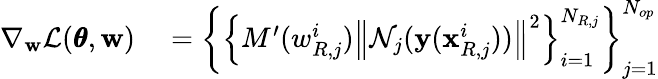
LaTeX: \begin{array}{rl}{\nabla_{\mathbf{w}}\mathcal{L}(\pmb{\theta},\mathbf{w})}&{{}=\left\{ \left\{ {M^{\prime}(w_{R,j}^{i})\left\| \mathcal{N}_{j}(\mathbf{y}(\mathbf{x}_{R,j}^{i}))\right\| ^{2}}\right\} _{i=1}^{N_{R,j}}\right\} _{j=1}^{N_{op}}}\end{array}